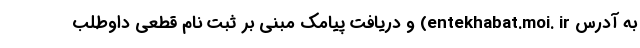
به آدرس entekhabat.moi. ir) و دریافت پیامک مبنی بر ثبت نام قطعی داوطلب